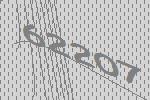
62207